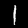
Digit: 1